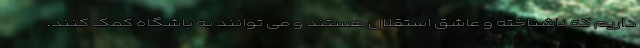
داریم که ناشناخته و عاشق استقلال هستند و می توانند به باشگاه کمک کنند.